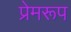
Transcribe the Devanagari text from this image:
प्रेमरूप